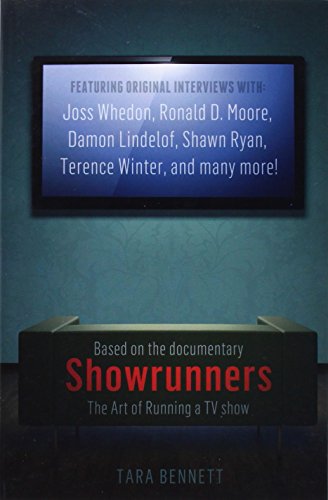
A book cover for Showrunners: The Art of Running a TV Show; Tara Bennett; Humor & Entertainment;